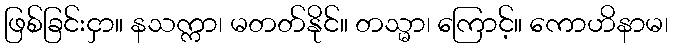
ဖြစ်ခြင်းငှာ။ နသက္ကာ၊ မတတ်နိုင်။ တသ္မာ၊ ကြောင့်။ ကောဟိနာမ၊